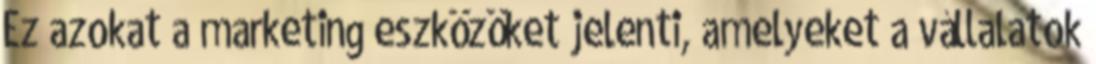
Ez azokat a marketing eszközöket jelenti, amelyeket a vállalatok